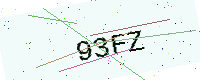
Text: 93FZ